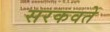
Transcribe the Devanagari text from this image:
सरकवते